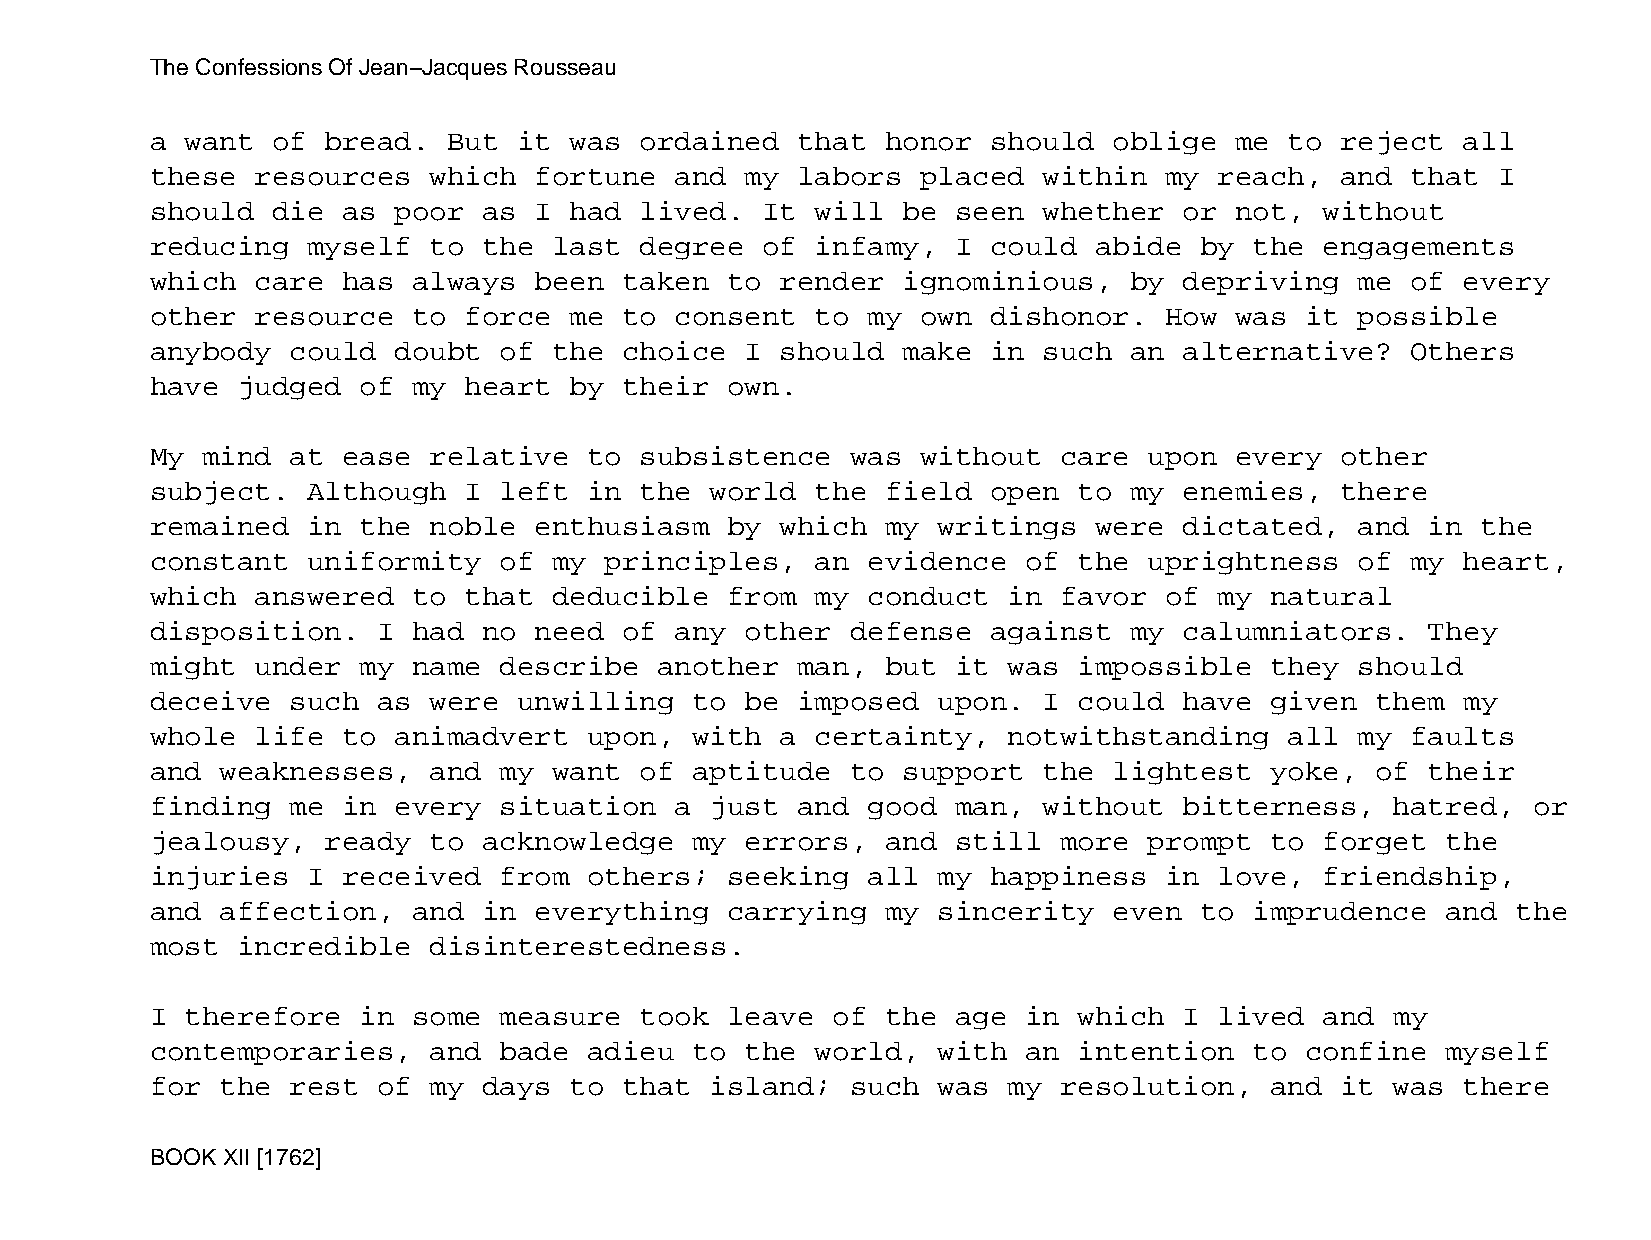
The Confessions Of Jean−Jacques Rousseau
 a want  of  bread.  But it  was ordained   that  honor  should  oblige  me to  reject  all
 these  resources  which  fortune   and my  labors  placed  within  my  reach,  and that  I
 should  die  as poor  as I  had lived.  It  will  be seen  whether  or  not,  without
 reducing  myself  to  the  last degree  of  infamy,  I  could abide  by  the  engagements
 which  care  has always  been  taken  to  render  ignominious,   by depriving   me of  every
 other  resource  to  force  me to  consent  to my  own  dishonor.  How  was it  possible
 anybody  could  doubt  of  the choice  I  should  make  in such  an alternative?   Others
 have  judged  of my  heart  by their  own.
 My mind  at  ease relative   to subsistence   was  without  care  upon  every  other
 subject.  Although   I left  in the  world  the  field  open to  my enemies,   there
 remained  in  the noble  enthusiasm   by  which  my writings  were  dictated,   and  in the
 constant  uniformity   of  my principles,   an evidence   of the  uprightness   of my  heart,
 which  answered  to  that  deducible  from  my conduct   in favor  of  my natural
 disposition.   I had  no need  of  any other  defense   against  my calumniators.    They
 might  under  my name  describe   another  man,  but it  was impossible   they  should
 deceive  such  as were  unwilling   to be  imposed  upon.  I could  have  given  them  my
 whole  life  to animadvert   upon,  with  a certainty,   notwithstanding   all  my faults
 and  weaknesses,  and  my  want of  aptitude  to  support  the  lightest  yoke,  of  their
 finding  me  in every  situation   a just  and good  man,  without  bitterness,   hatred,  or
 jealousy,   ready to  acknowledge   my errors,   and still  more  prompt  to  forget  the
 injuries  I  received  from  others;  seeking  all  my  happiness  in  love,  friendship,
 and  affection,  and  in everything   carrying   my sincerity   even to  imprudence   and the
 most  incredible  disinterestedness.
 I therefore   in some  measure  took  leave  of  the age  in which  I  lived  and my
 contemporaries,   and  bade  adieu  to the  world,  with  an intention   to confine   myself
 for  the rest  of my  days  to that  island;  such  was  my resolution,   and  it was  there
 BOOK XII [1762]